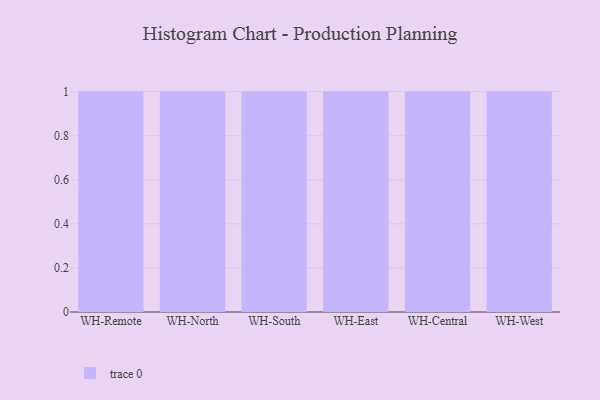
{"axis": {"x": "Warehouse", "y": "Inventory Turnover"}, "legend": [""], "data": [{"x": "WH-Remote", "y": 94, "type": ""}, {"x": "WH-North", "y": 79, "type": ""}, {"x": "WH-South", "y": 43, "type": ""}, {"x": "WH-East", "y": 56, "type": ""}, {"x": "WH-Central", "y": 2, "type": ""}, {"x": "WH-West", "y": 63, "type": ""}]}